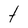
Character: t